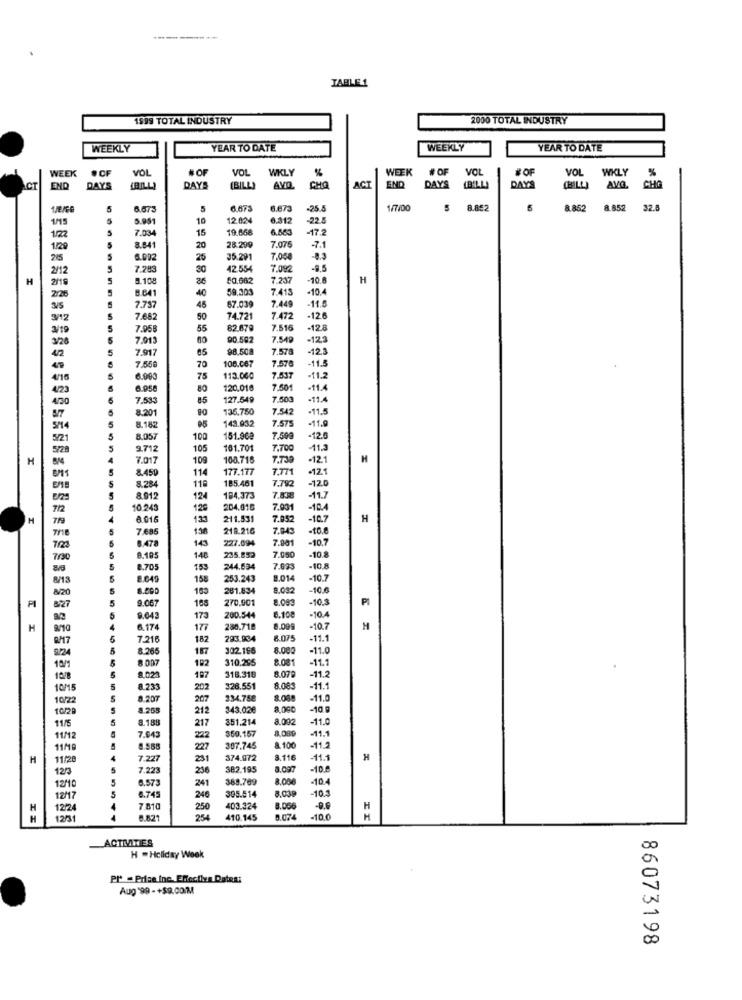
--------
TABLE 1
1599 TOTAL INDUSTRY
2000 TOTAL INDUSTRY
WEEKLY
YEAR TO DATE
WEEKLY
YEAR TO DATE
WEEK
· CF
VOL
#OF
VOL
WKLY
%
WEEK #OF
VOL
#OF
VOL
WKLY
%
ACT
END
DAYS
DAY
(BILL)
AVD.
CHO
ACT
END
DAYS
(B'LL)
DAYS
[BILLI
AVG.
CHO
5
6.67
6.673
6.673
-25.5
1/7/00
8.852
5
8.852
8.852
32.8
1/15
5
10
12.024
8.312
-22.5
1/22
7.034
15
19.668
6.863
-17.2
1/29
8.641
20
28.299
7.076
-7.1
6.002
25
35.291
7.068
-8.3
2/12
7.283
30
42.554
7.092
-8,5
H
2/19
5
1.108
60.662
7.237
10.8
H
5
B.641
40
59,203
7.413
-10.4
26
-11.6
7.75
45
67.039
7.449
3/12
5
7.68
50
74.721
7.47
-12.6
3/19
5
7.95
55
82.679
7.516
-12.8
3/26
7,013
60
90.582
7.549
-12,3
5
7.917
05
98.508
7.578
-12.3
4/2
106.067
7.570
70
-11.5
4/16
5
6.00
75
113.060
7.537
-11.2
423
6.95
80
120.010
7.501
-11.4
450
7,533
85
127.549
7.500
-11.4
8.20
90
135.750
7.542
-11.5
7.575
-11.9
5/14
8.182
143.932
5/21
8.057
100
151.968
7.599
-12.5
9.71
105
161.701
7.700
-11.3
H
7.01
109
100.716
7.73
-12.1
H
8.45
177.177
7.77
-12.1
8.28
114
185.461
7.792
-12.0
119
8.91
124
184.373
7.838
-11.7
712
10.243
120
204.016
7.031
H
8.016
133
211.531
7.052
-10.7
H
7.686
138
218.216
7.843
.to.
6.478
143
227.094
7.001
-10.7
7123
-10.8
7/00
8.105
148
7.050
8.705
153
244.534
7.833
-108
8/13
8.640
158
253.243
8.014
-10.7
8/20
8.000
153
281.834
8.092
-10.6
9.067
270,90
8.083
-10.3
PI
PI
827
10
-10.4
9.042
173
200.544
6.108
H
6.174
177
288.71
8.09
-10.7
7.216
182
293.934
8.075
-11.1
8.265
187
302.166
8.000
-11.0
9/24
192
310.265
8.081
11.1
10/1
8.07
11.2
10/8
8.023
197
318.318
10/15
8.233
202
326.551
8.085
-11.1
10/2
8.207
207
234.788
8.08
-11.0
10/2
8.26
212
343.02€
8.000
-10 g
5
351.214
-11.0
11/5
8.188
217
$59.157
8,080
-11.1
11/12
7.943
222
11/10
227
307.745
a.100
H
11/28
7.227
251
374.072
3.116
11.1
H
12/3
7.223
236
382.195
8.097
-10.8
6.573
241
388.769
8.00€
-10.4
12/10
8.03
-10.3
12/17
6.745
246
395.514
H
12/2
7.810
250
403.324
8.05€
-00
H
H
12/31
2:54
410.145
5.074
-10.0
H
ACTIVATIES
H -Holiday Week
Pr - Prise ino. Effective Datea:
Aug '99 -+$9.00M
86073198